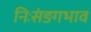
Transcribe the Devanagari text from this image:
निःसंङगभाव